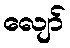
လျော်